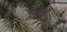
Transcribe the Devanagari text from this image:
प्रतूरी